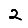
Digit: 2